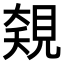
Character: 𧡅